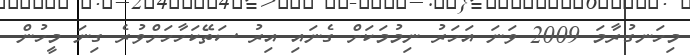
މިހަނގުރާމަ 2009 ވަނަ އަހަރު ނިމުމަކަށް ގެނައި އިރު ސަތޭކަހާހަށްވުރެ ގިނަ މީހުން